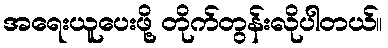
အရေးယူပေးဖို့ တိုက်တွန်းလိုပါတယ်။